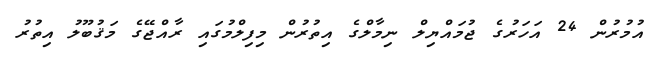
އުމުރުން 24 އަހަރުގެ ޖުމައްޔިލް ނިމާލްގެ އިތުރުން މިފިލްމުގައި ރާއްޖޭގެ މަޤުބޫލު އިތުރު